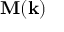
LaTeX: \mathbf { M } ( \mathbf { k } )